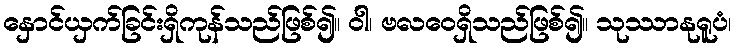
နှောင်ယှက်ခြင်းရှိကုန်သည်ဖြစ်၍။ ဝါ၊ ဗလဝေရှိသည်ဖြစ်၍။ သုဿာနုရူပံ၊